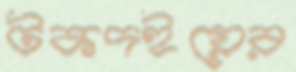
টকদইয়ের